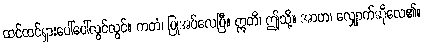
ထင်ထင်ရှားပေါ်ပေါ်လွင်လွင်။ ကတံ၊ ပြုအပ်လေပြီ။ ဣတိ၊ ဤသို့။ အာဟ၊ လျှောက်ဆိုလေ၏။